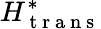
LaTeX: H_{\mathrm{~t~r~a~n~s~}}^{*}